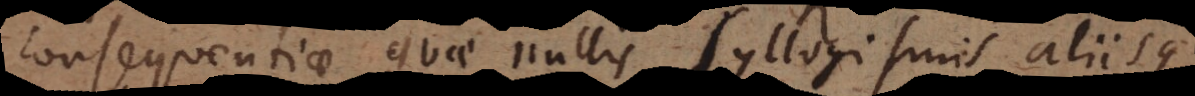
Consequentiae quae nullis syllogismis aliisque